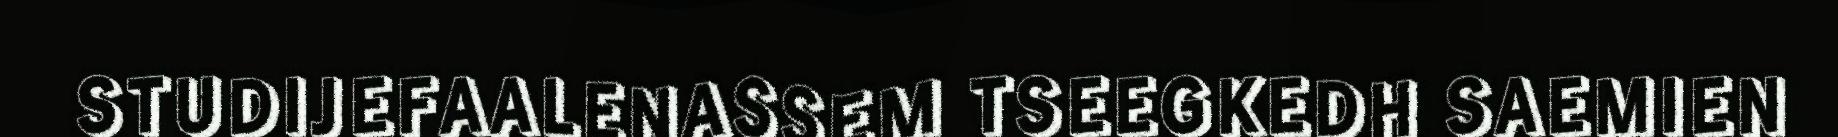
STUDIJEFAALENASSEM TSEEGKEDH SAEMIEN